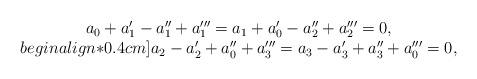
LaTeX: \begin{align*}\begin{array}{c}a_0+a_1'-a_1''+a_1'''=a_1+a_0'-a_2''+a_2'''=0,\\begin{align*}0.4cm]a_2-a_2'+a_0''+a_3'''=a_3-a_3'+a_3''+a_0'''=0,\end{array}\end{align*}